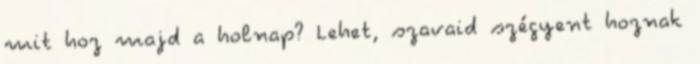
mit hoz majd a holnap? Lehet, szavaid szégyent hoznak